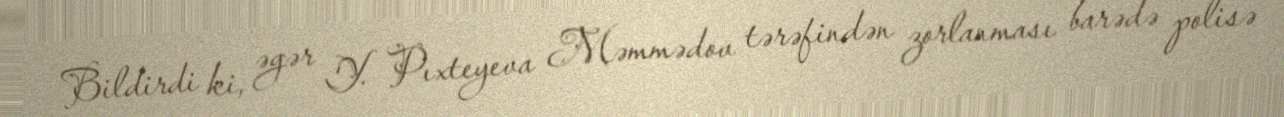
Bildirdi ki, əgər Y. Pıxteyeva Məmmədov tərəfindən zorlanması barədə polisə